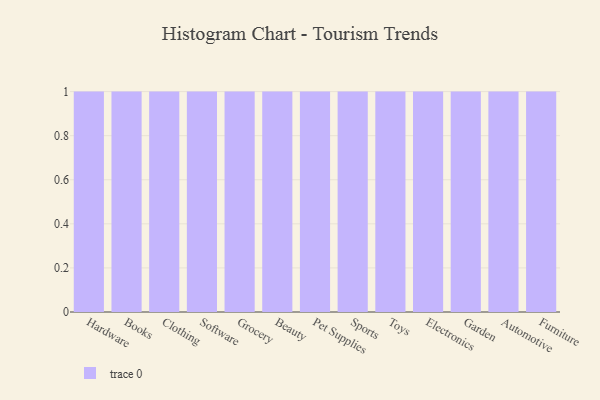
{"axis": {"x": "Category", "y": "Demand Index"}, "legend": [""], "data": [{"x": "Hardware", "y": 90, "type": ""}, {"x": "Books", "y": 93, "type": ""}, {"x": "Clothing", "y": 15, "type": ""}, {"x": "Software", "y": 96, "type": ""}, {"x": "Grocery", "y": 91, "type": ""}, {"x": "Beauty", "y": 53, "type": ""}, {"x": "Pet Supplies", "y": 28, "type": ""}, {"x": "Sports", "y": 5, "type": ""}, {"x": "Toys", "y": 34, "type": ""}, {"x": "Electronics", "y": 52, "type": ""}, {"x": "Garden", "y": 27, "type": ""}, {"x": "Automotive", "y": 72, "type": ""}, {"x": "Furniture", "y": 33, "type": ""}]}